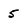
Character: 5